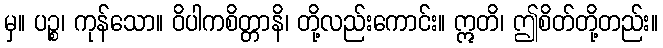
မှ။ ပဉ္စ၊ ကုန်သော။ ဝိပါကစိတ္တာနိ၊ တို့လည်းကောင်း။ ဣတိ၊ ဤစိတ်တို့တည်း။